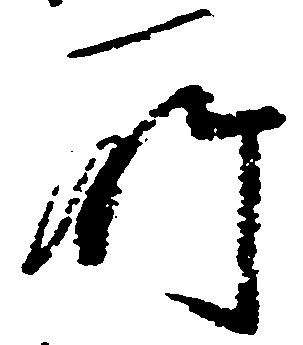
所